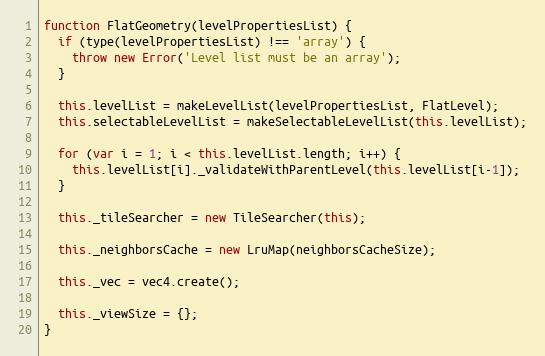
Language: JavaScript
function FlatGeometry(levelPropertiesList) {
  if (type(levelPropertiesList) !== 'array') {
    throw new Error('Level list must be an array');
  }

  this.levelList = makeLevelList(levelPropertiesList, FlatLevel);
  this.selectableLevelList = makeSelectableLevelList(this.levelList);

  for (var i = 1; i < this.levelList.length; i++) {
    this.levelList[i]._validateWithParentLevel(this.levelList[i-1]);
  }

  this._tileSearcher = new TileSearcher(this);

  this._neighborsCache = new LruMap(neighborsCacheSize);

  this._vec = vec4.create();

  this._viewSize = {};
}